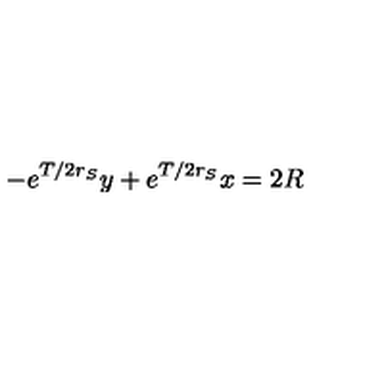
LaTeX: - e ^ { T / 2 r _ { S } } y + e ^ { T / 2 r _ { S } } x = 2 R